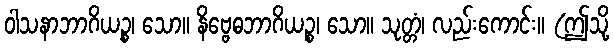
ဝါသနာဘာဂိယဉ္စ၊ သော။ နိဗ္ဗေဓဘာဂိယဉ္စ၊ သော။ သုတ္တံ၊ လည်းကောင်း။ (ဤသို့